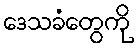
ဒေသခံတွေကို